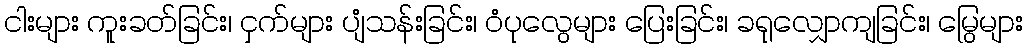
ငါးများ ကူးခတ်ခြင်း၊ ငှက်များ ပျံသန်းခြင်း၊ ဝံပုလွေများ ပြေးခြင်း၊ ခရုလျှောကျခြင်း၊ မြွေများ